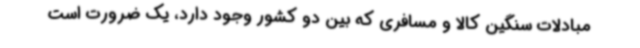
مبادلات سنگین کالا و مسافری که بین دو کشور وجود دارد، یک ضرورت است